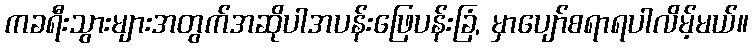
ကခရီးသွားများအတွက်အဆိုပါအပန်းဖြေပန်းခြံ, မှာပျော်စရာရပါလိမ့်မယ်။